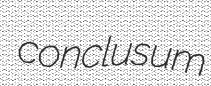
conclusum